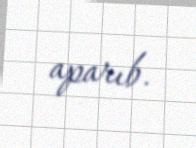
aparıb.